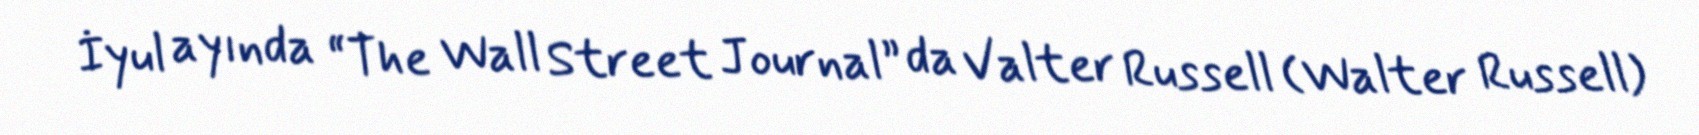
İyul ayında “The Wall Street Journal” da Valter Russell (Walter Russell)